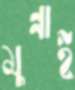
মুন্নাই